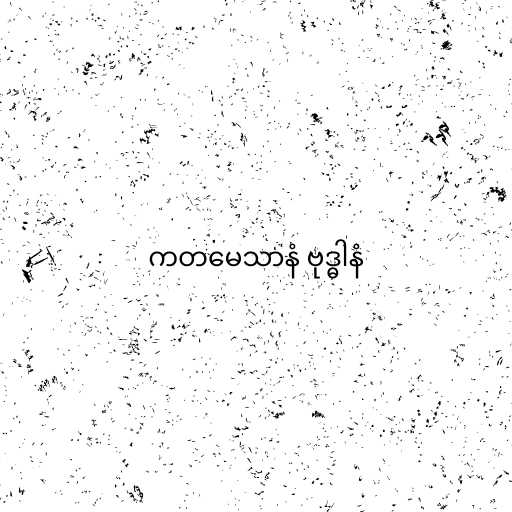
ကတမေသာနံ ဗုဒ္ဓါနံ